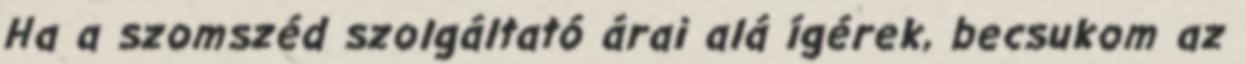
Ha a szomszéd szolgáltató árai alá ígérek, becsukom az